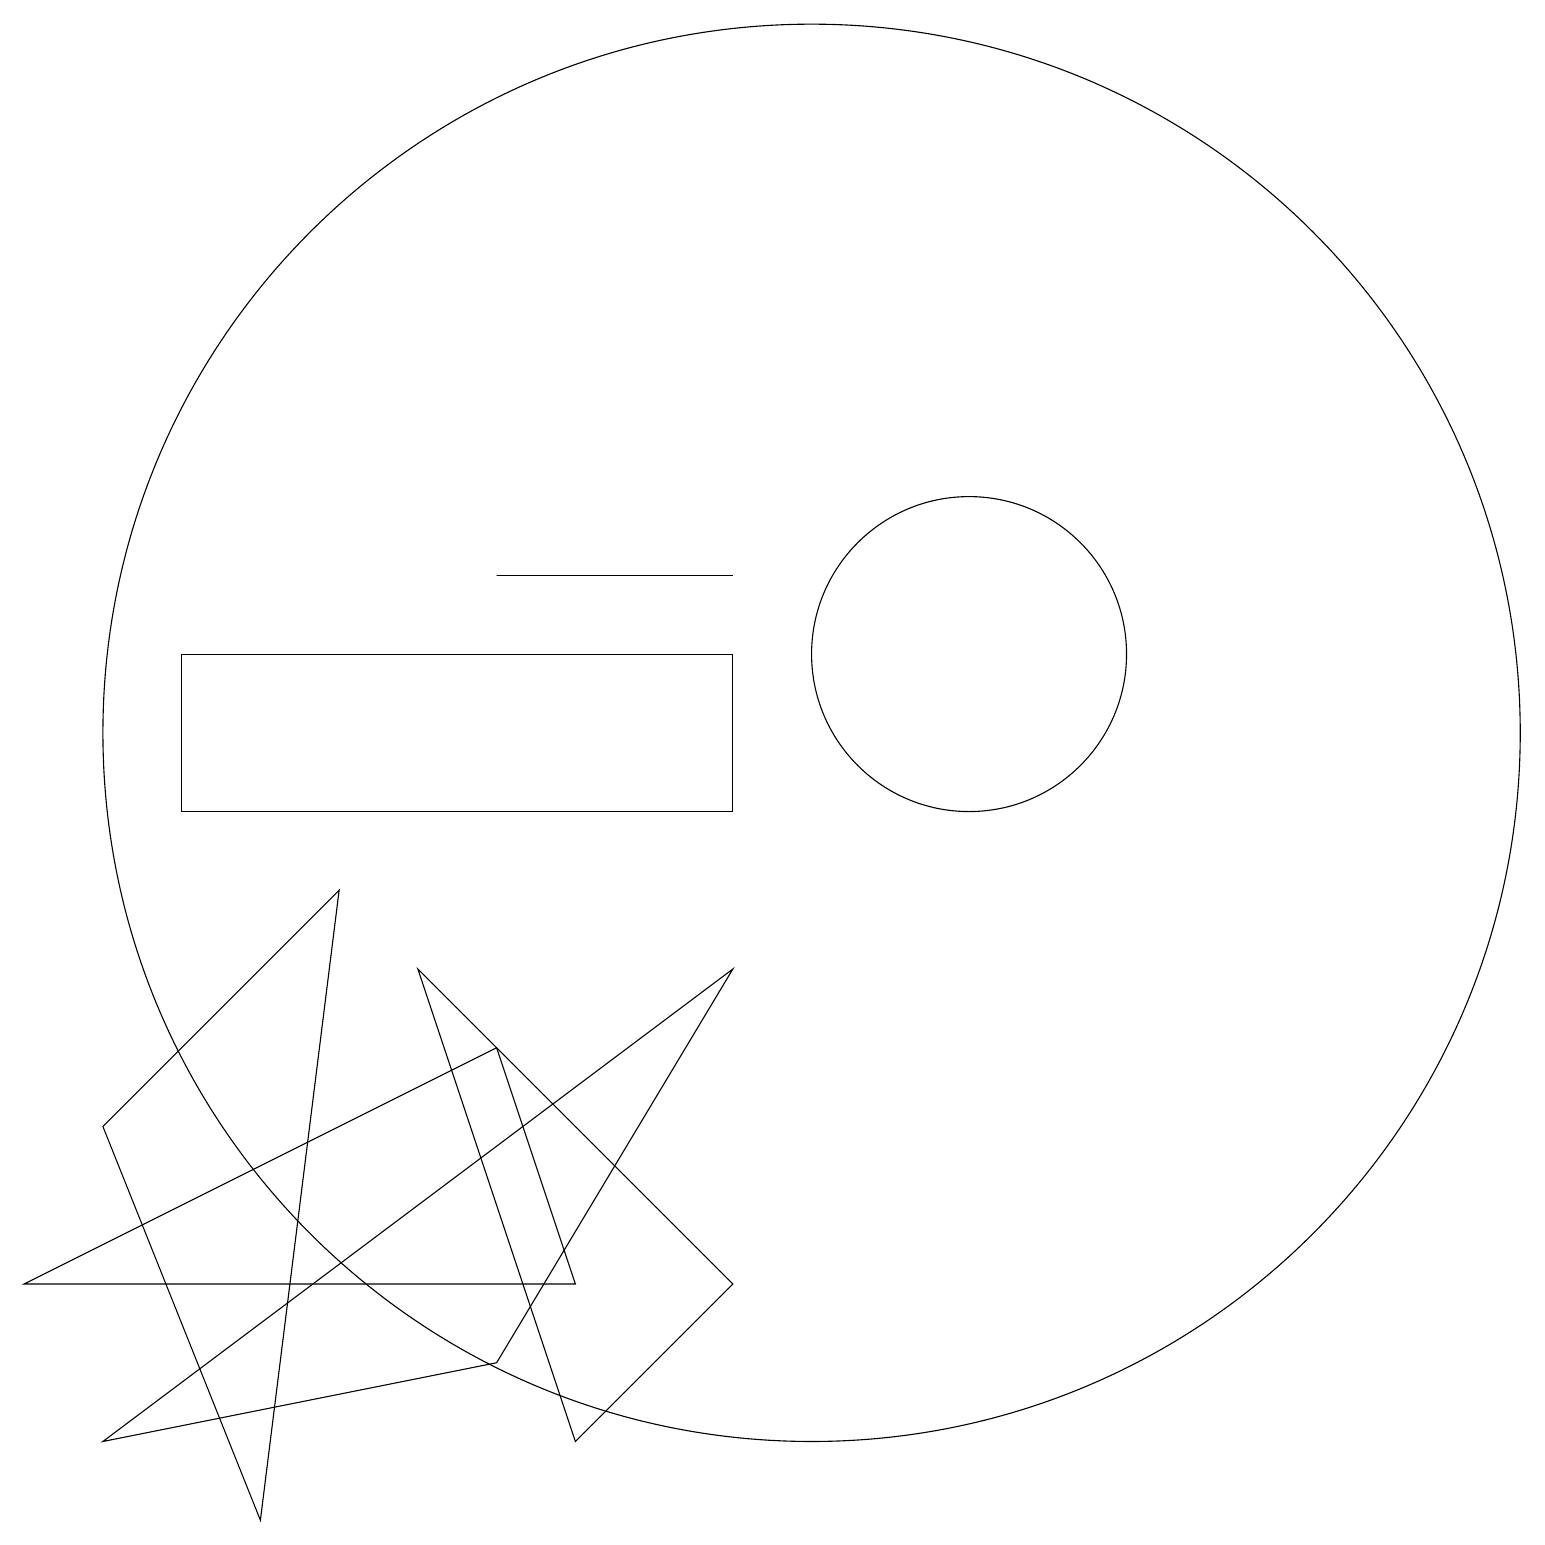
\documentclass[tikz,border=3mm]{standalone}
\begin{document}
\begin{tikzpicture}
\draw (12,12) circle (2);
\draw (7,4) -- (0,4) -- (6,7) -- cycle;
\draw (10,11) circle (9);
\draw (1,6) -- (3,1) -- (4,9) -- cycle;
\draw (9,13) rectangle (6,13);
\draw (9,12) rectangle (2,10);
\draw (7,2) -- (5,8) -- (9,4) -- cycle;
\draw (1,2) -- (6,3) -- (9,8) -- cycle;
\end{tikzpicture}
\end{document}